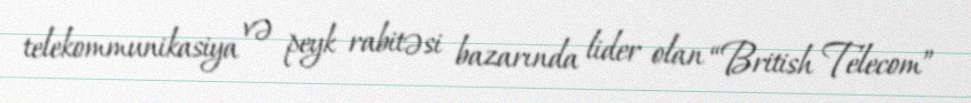
telekommunikasiya və peyk rabitəsi bazarında lider olan “British Telecom”